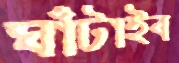
ঘাঁটাইব